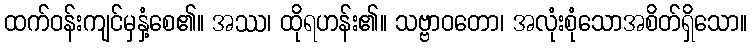
ထက်ဝန်းကျင်မှနှံ့စေ၏။ အဿ၊ ထိုရဟန်း၏။ သဗ္ဗာဝတော၊ အလုံးစုံသောအစိတ်ရှိသော။